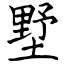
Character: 墅